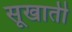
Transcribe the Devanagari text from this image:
सूखाती